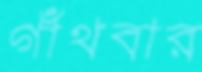
গাঁথবার